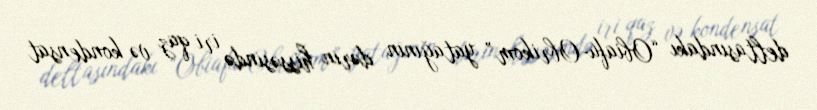
deltasındakı “Obiafu-Obrikom” yatağının dərin hissəsində iri qaz və kondensat